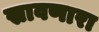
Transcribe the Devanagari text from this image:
स्रावणारा